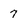
Character: 7